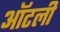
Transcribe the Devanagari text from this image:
ऑटली